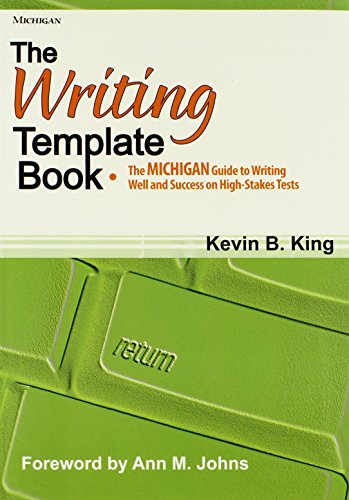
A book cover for The Writing Template Book: The MICHIGAN Guide to Writing Well and Success on High-Stakes Tests; Kevin B. King; Test Preparation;